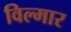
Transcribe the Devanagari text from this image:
विल्मार